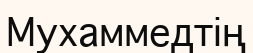
Мухаммедтің